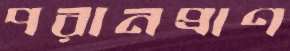
পরানপ্রাণ